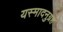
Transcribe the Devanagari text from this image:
यस्मादनुग्रहं